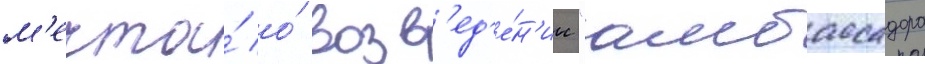
м'ечта́ о́ возв'ед'е́н'ии "амбассадора